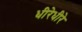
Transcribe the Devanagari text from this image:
धीरेधीरे